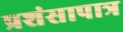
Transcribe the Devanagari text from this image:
प्रशंसापात्र